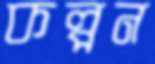
কল্পন